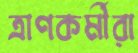
ত্রাণকর্মীরা